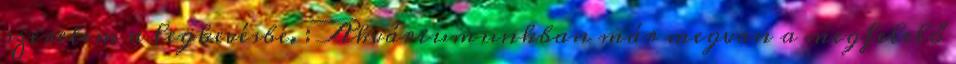
szeretem a legkevésbé. : Akváriumunkban már megvan a megfelelő